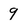
Character: 9